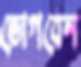
ভোগবেন